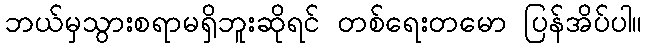
ဘယ်မှသွားစရာမရှိဘူးဆိုရင် တစ်ရေးတမော ပြန်အိပ်ပါ။